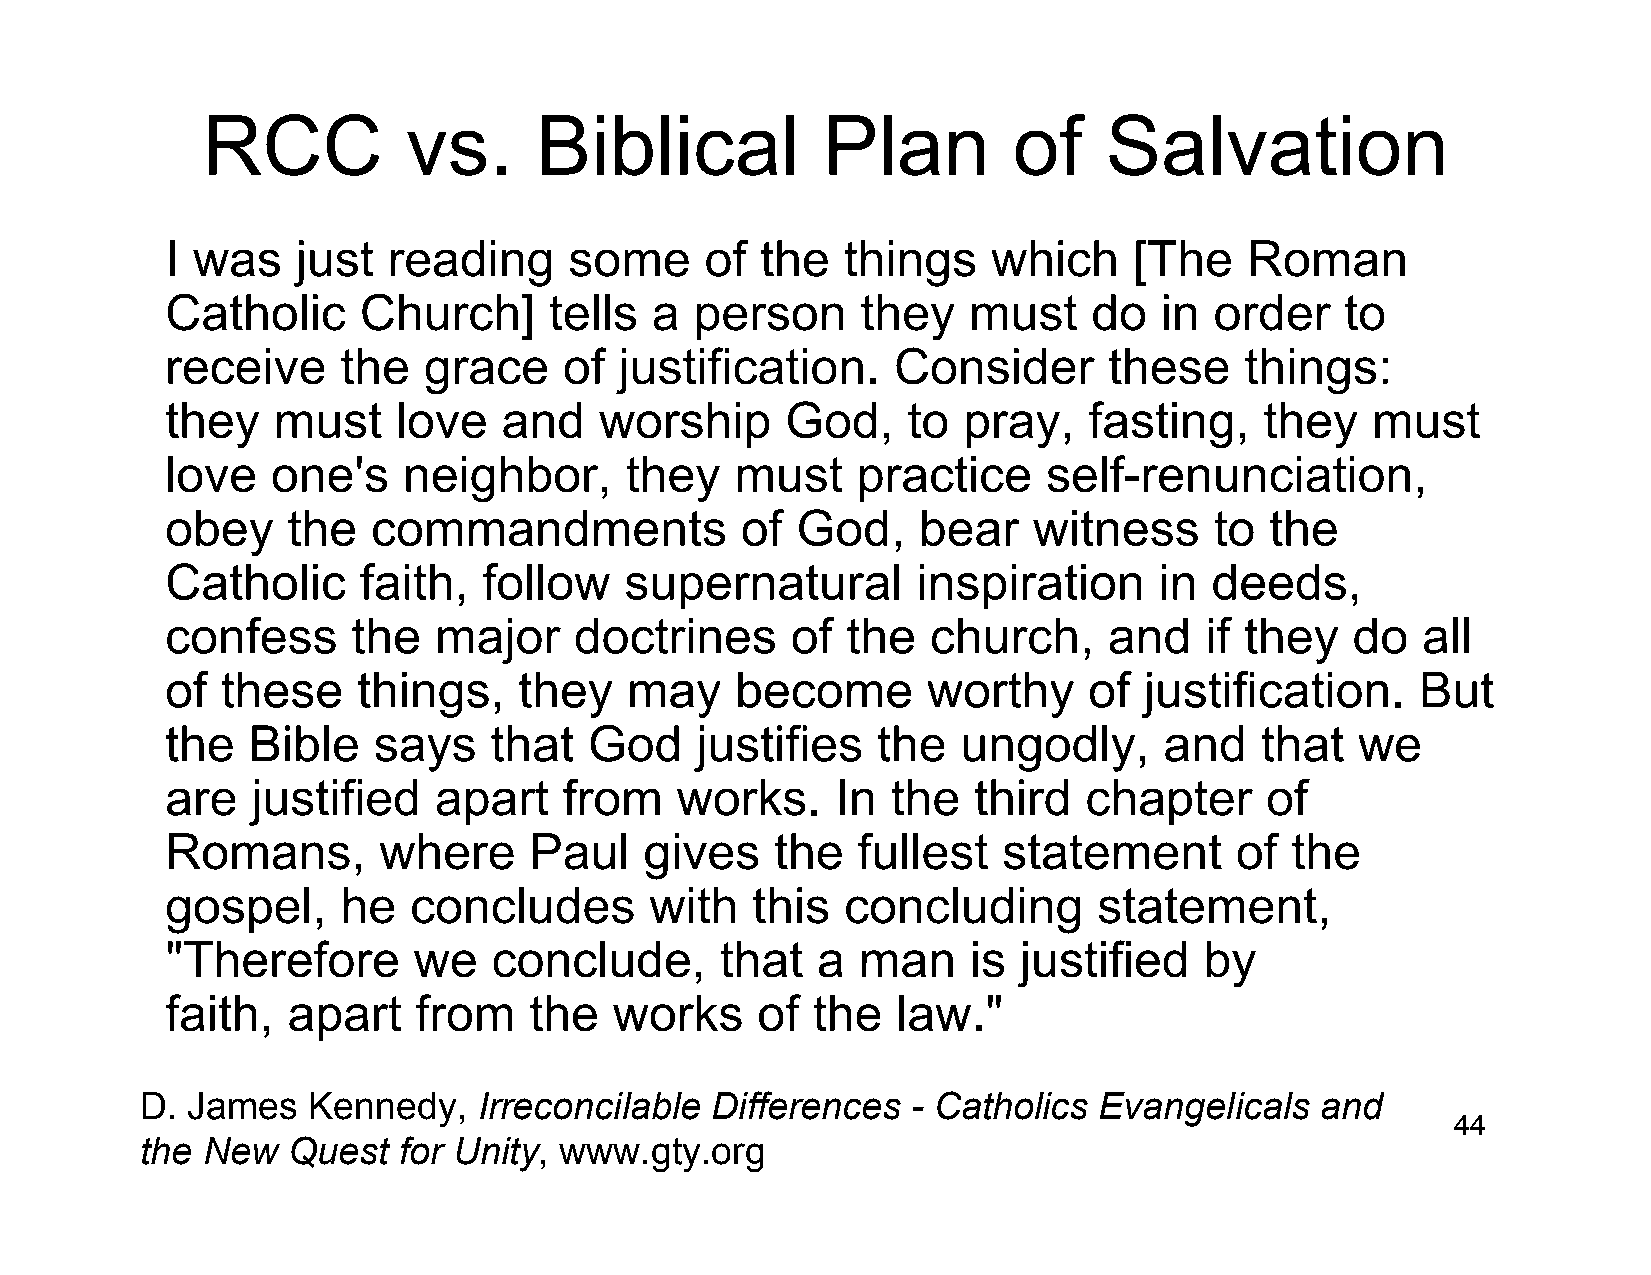
RCC           vs.     Biblical           Plan         of    Salvation
 I was    just  reading     some     of the   things    which    [The    Roman
 Catholic     Church]     tells  a  person     they   must    do   in order    to
 receive     the  grace    of  justification.    Consider      these    things:
 they   must    love   and    worship     God,    to  pray,   fasting,    they   must
 love   one's    neighbor,     they    must    practice    self-renunciation,
 obey    the   commandments            of  God,    bear   witness     to  the
 Catholic     faith,  follow   supernatural        inspiration     in deeds,
 confess     the   major    doctrines     of  the   church,    and    if they   do  all
 of  these    things,   they   may     become      worthy     of  justification.    But
 the  Bible    says   that   God    justifies   the   ungodly,     and   that   we
 are   justified   apart   from    works.    In  the  third   chapter     of
 Romans,       where     Paul    gives   the   fullest  statement       of the
 gospel,     he  concludes       with   this  concluding       statement,
 "Therefore      we    conclude,      that  a  man    is justified    by
 faith,  apart   from    the   works    of  the  law."
 D. James   Kennedy,    Irreconcilable Differences  - Catholics  Evangelicals  and
 44
 the New   Quest  for Unity, www.gty.org